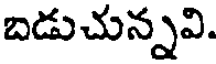
బడుచున్నవి.